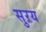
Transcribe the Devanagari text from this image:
सुऱय